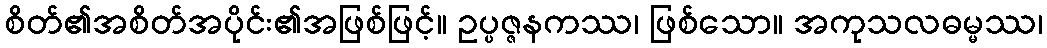
စိတ်၏အစိတ်အပိုင်း၏အဖြစ်ဖြင့်။ ဥပ္ပဇ္ဇနကဿ၊ ဖြစ်သော။ အကုသလဓမ္မဿ၊